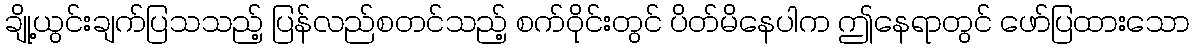
ချို့ယွင်းချက်ပြသသည့် ပြန်လည်စတင်သည့် စက်ဝိုင်းတွင် ပိတ်မိနေပါက ဤနေရာတွင် ဖော်ပြထားသော